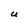
Character: U